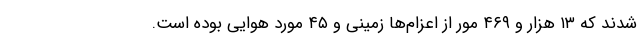
شدند که ۱۳ هزار و ۴۶۹ مور از اعزام‌ها زمینی و ۴۵ مورد هوایی بوده است.